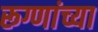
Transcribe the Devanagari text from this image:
रूग्णांच्या